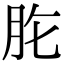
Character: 𦙋